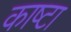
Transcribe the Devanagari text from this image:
काष्टा